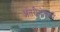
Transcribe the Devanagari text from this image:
अंतरीगोलार्ध